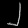
Digit: ၂